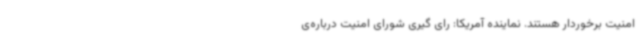
امنیت برخوردار هستند. نماینده آمریکا: رای گیری شورای امنیت درباره‌ی